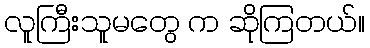
လူကြီးသူမတွေ က ဆိုကြတယ်။